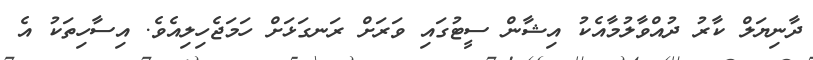
ދާނިޔަލް ކާރު ދުއްވާލުމާއެކު އިޝާން ސީޓުގައި ވަރަށް ރަނގަޅަށް ހަމަޖެހިލިއެވެ. އިސާހިތަކު އެ